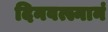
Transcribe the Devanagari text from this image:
दिनवत्स्नानं